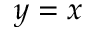
y = x